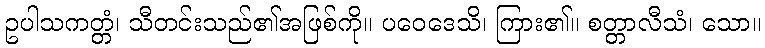
ဥပါသကတ္တံ၊ သီတင်းသည်၏အဖြစ်ကို။ ပဝေဒေသိ၊ ကြား၏။ စတ္တာလီသံ၊ သော။